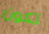
تكون